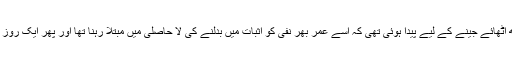
فرخی بہادری کا بوجھ اٹھائے جینے کے لیے پیدا ہوئی تھی کہ اسے عمر بھر نفی کو اثبات میں بدلنے کی لا حاصلی میں مبتلا رہنا تھا اور پھر ایک روز چپ چاپ مر جانا تھا۔